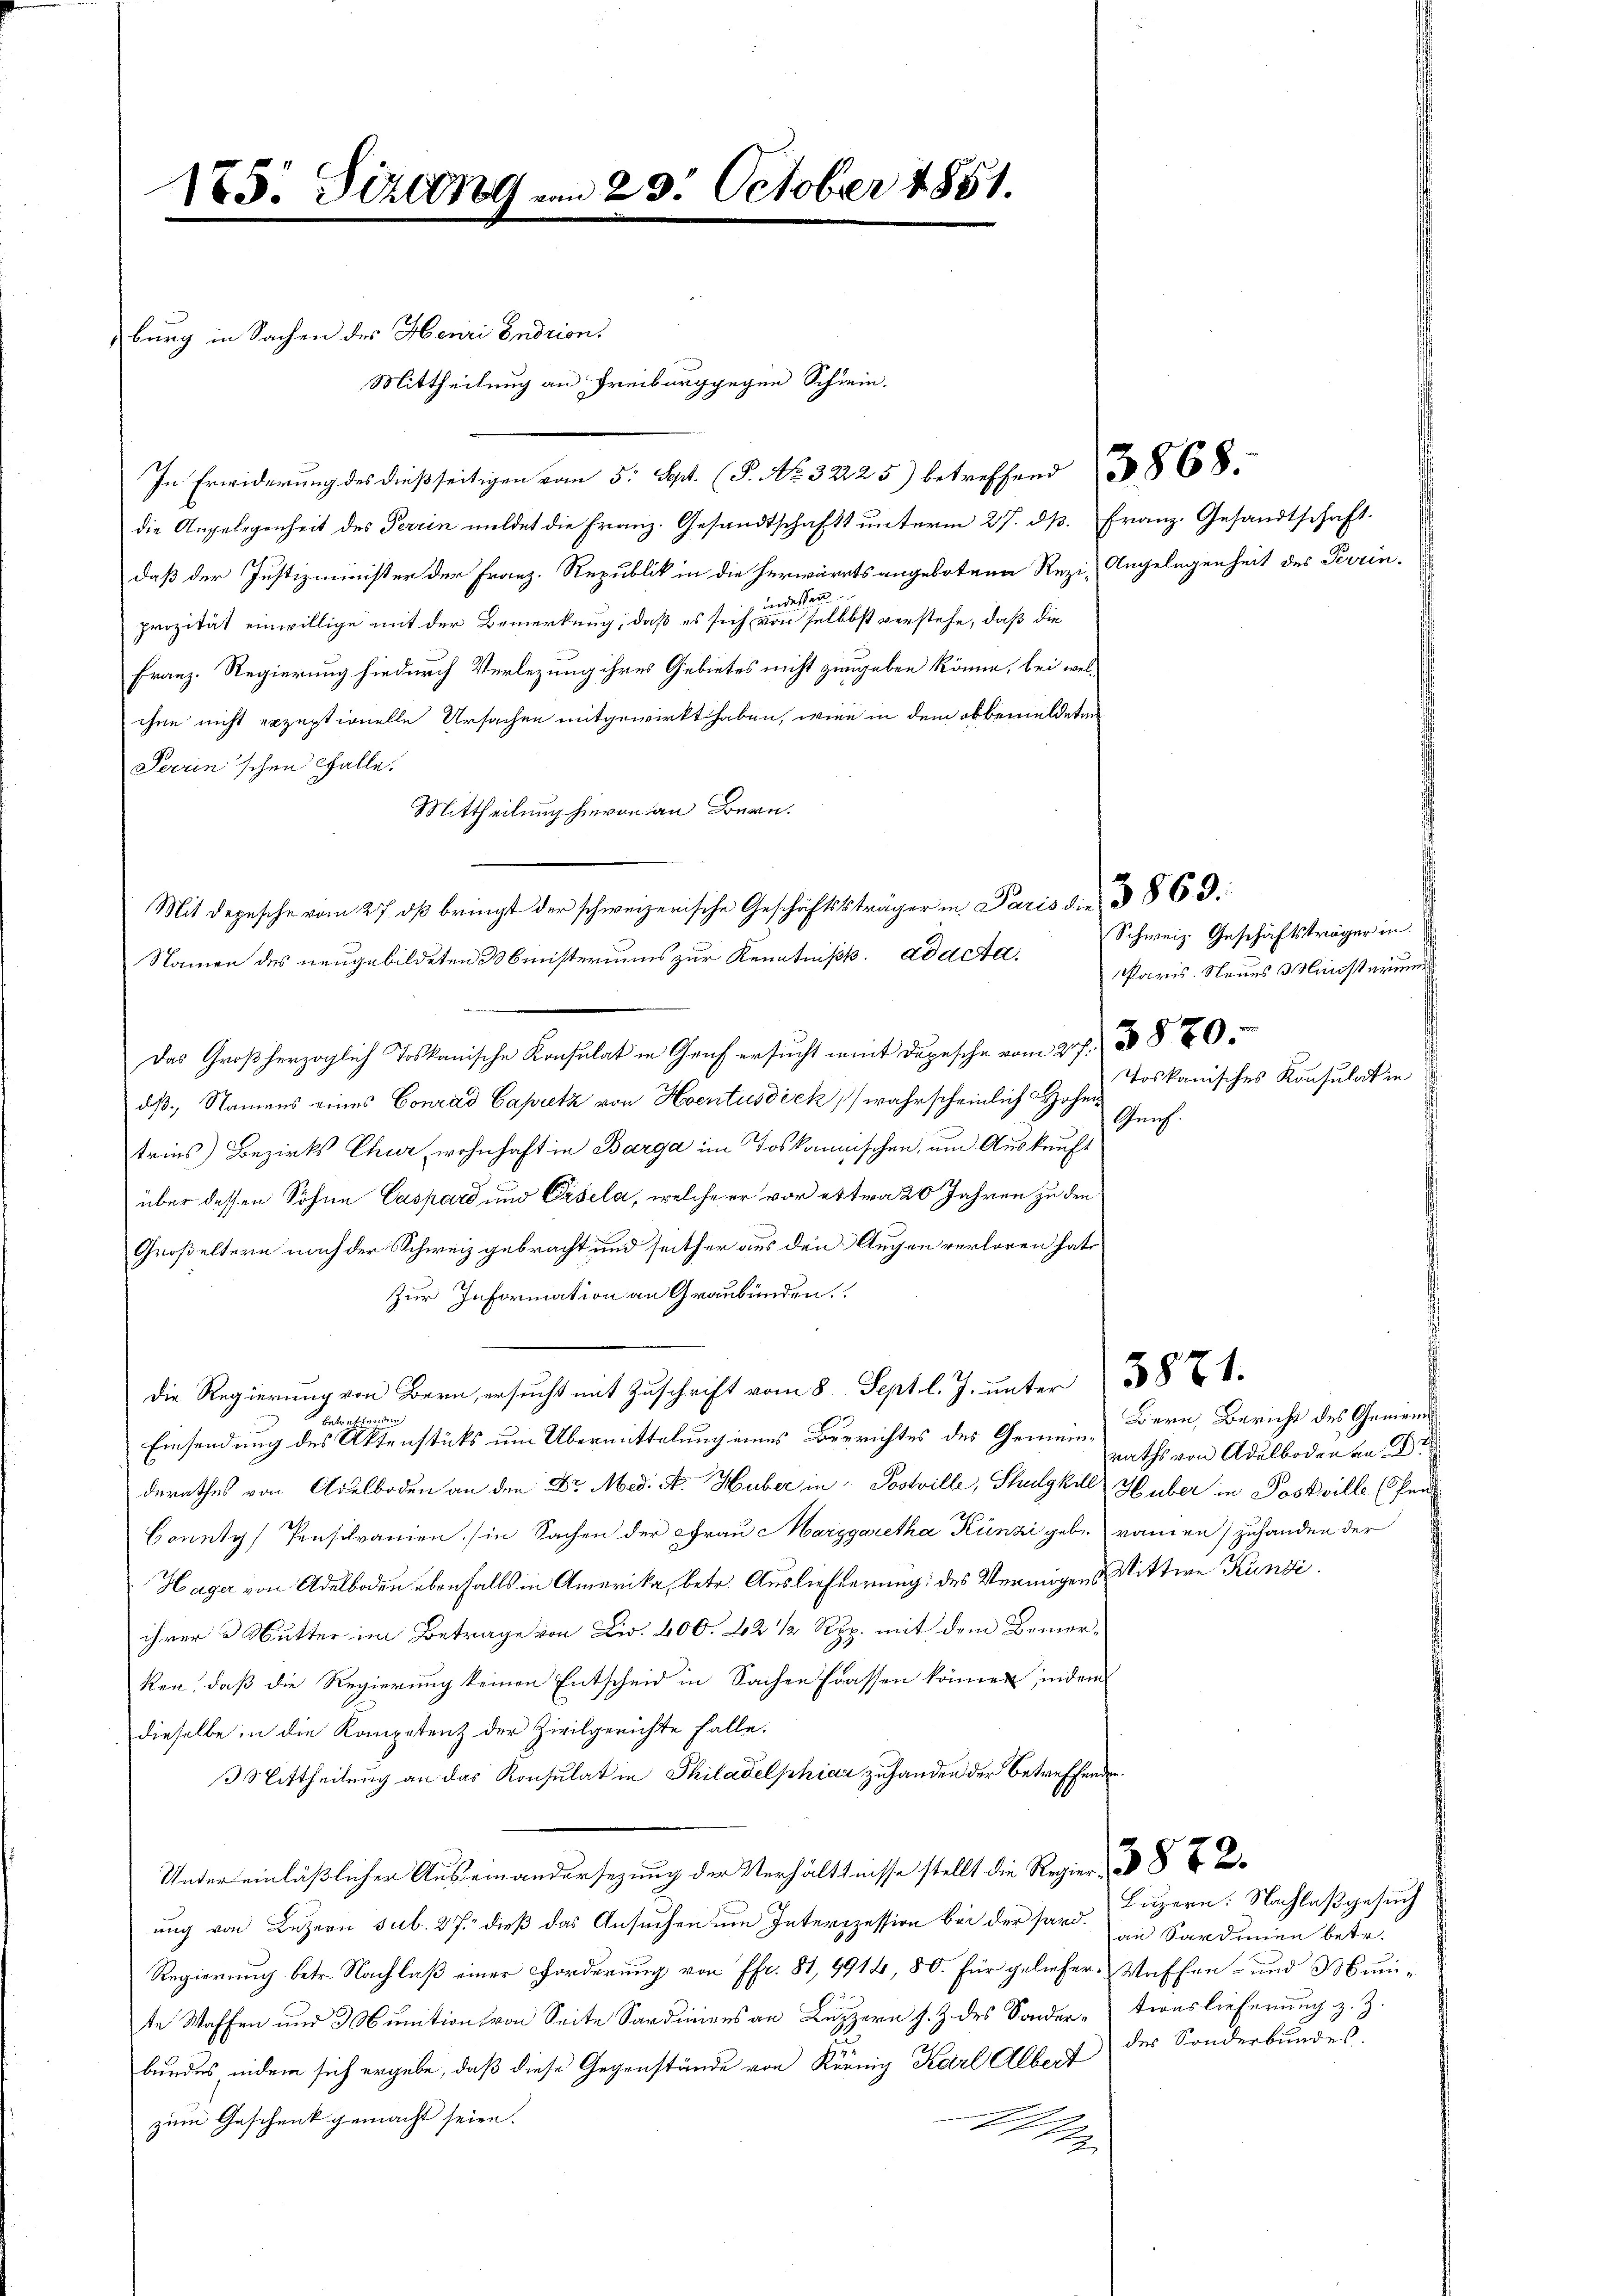
175. Sizung

burg in Sachen des Henri Endrion.

Mittheilung an Freiburg gegen Schwin-
In Erwiderung des dießseitigen vom 5. Sept. (T. No. 32225) betreffend 3868.
daß der Justizminister der Franz. Republik in die herwärts angebotene Rezi-Angelegenheit des Terrin.
indessen.
prozität einwillige mit der Bemerkung, daß es sich von selbst verstehe, daß die
Franz. Regierung hiedurch Verlegung ihres Gebietes nicht zugeben könne, bei welchen nicht erzeptionelle Ursachen mitgewirkt haben, wien in dem obbemeldeten
Peerinischen Falle.
Mittheilung hievon an Bern.
Das Großherzoglich Toskanische Konsulat in Graf ersucht weit Depesche vom 27. 387
dß, Namens eines Conrad Capritz von Hoentusdick wahrscheinlich Hohen
tries) Bezirks Chur, wohnhaft in Barga im Toskanischen, um Auskauft
über dessen Sohne Caspard und Pisela, welche er vor ettwa 20 Jahren zu den
Großeltern nach der Schweiz gebracht und seither aus den Augen verloren hate
Zur Information an Graubünden.
die Regierŭng von Bern ersŭcht mit Zŭschrift vom 8. Sept. l. J. unter 1874.
 bester wer
Einsendung des Aktenstücks um Übermittelung eines Berrichtes des Gemeinderathes von Adelboden an den Dr. Med. A. Huber in Postille, Schulgkill Huber in Postwill (Pend
County Pensilranien (in Sachen der Frau Marggaretha Künzi gebe namen) zuhanden der
Hager von Adelboden ebenfalls in Amerika, betr. Auslieferung des Vermögens Mittwe Kündi
ihrer u Mutter im Betrage von Liv. 400. 22 1/2 Rp. mit dem Bemerken, daß die Regierung keinen Entscheid in Sachen fassen können, indem
dieselbe in die Kompetenz der Zivilgerichte falle.
Mittheilung an das Konsulat in Philadelphia zuhanden der betreffenden.
Under einläßlicher Auseinandersezung der Verhältnisse stellt die Regier
ung von Luzern sub. 27. dieß das Ansuchen um Interszession bei der sard.
Regierung betr. Nachlaß einer Forderung von Pfr. 81, 9914, 80. Für geliefer-Waffen- und Munite Waffen und 3 Munition von Seite Sardiniens an Luzern s. Z. des Sonder-tionslieferung z. Z.
bundes indem sich ergebe, daß diese Gegenstände von Körnig Karl Albert der Sonderbundes
zum Geschenk gemacht seien.
1

23. October 1851.

die Angelegenheit des Terrin mildet die Franz. Gesandtschafts unterm 27. dp. Franz. Gesandtschaft.

Mit depesche vom 27. dβ bringt der schweizerische Geschäftssträger in Paris die § 86 d
Namen des neugebildeten Ministeriums zur Kenntnisk. ad acta Schweiz. Geschäftsträger in

Paris. Neues Ministeriums
Toskanisches Konsulat in

Gürch.

Bern, Bericht des Gemeinraths von Adelbodenen St

Luzern: Nachlaß gesuch
an Sardien betr.